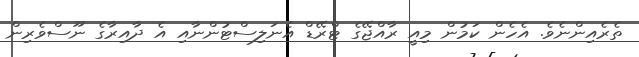
ތެރެއިންނެވެ. އެހެން ކަމުން މިއީ ރާއްޖޭގެ ޓްރޭޑް އެނަލިސްޓުންނާއި އެ ދާއިރާގެ ނޫސްވެރިން